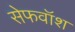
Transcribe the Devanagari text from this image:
सेफवॉश